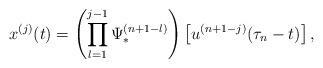
LaTeX: \begin{align*} x^{(j)}(t) &= \left( \prod_{l = 1}^{j-1} \Psi_*^{(n+1-l)} \right) \left[u^{(n+1-j)}(\tau_{n} - t) \right], \end{align*}